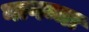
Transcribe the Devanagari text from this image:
नागम्मा